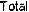
TOTAL